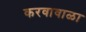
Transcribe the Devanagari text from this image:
करवावाळा